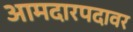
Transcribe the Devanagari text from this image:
आमदारपदावर